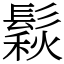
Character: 鬏